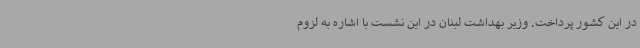
در این کشور پرداخت. وزیر بهداشت لبنان در این نشست با اشاره به لزوم